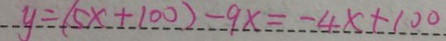
y = ( 5 x + 1 0 0 ) - 9 x = - 4 x + 1 0 0